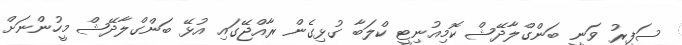
ސަފީރު ވަނީ ބަންގްލާދޭޝް ކޮމިއުނިޓީ ކްލަބާ ގުޅިގެން ރާއްޖޭގައި އުޅޭ ބަންގްލާދޭޝް މީހުންނަށް